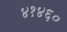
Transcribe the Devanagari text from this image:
४१४६०